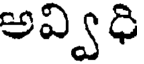
అవ్విధి